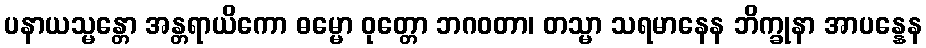
ပနာယသ္မန္တော အန္တရာယိကော ဓမ္မော ဝုတ္တော ဘဂဝတာ၊ တသ္မာ သရမာနေန ဘိက္ခုနာ အာပန္နေန